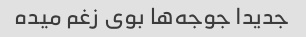
جدیدا جوجه‌ها بوی زغم میده